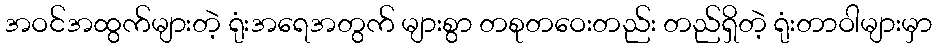
အဝင်အထွက်များတဲ့ ရုံးအရေအတွက် များစွာ တစုတဝေးတည်း တည်ရှိတဲ့ ရုံးတာဝါများမှာ